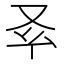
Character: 𠬯